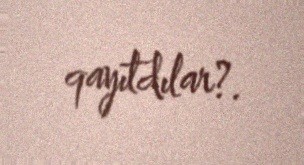
qayıtdılar?.